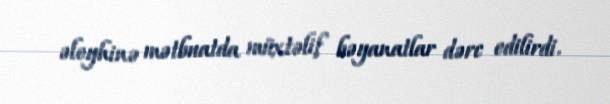
əleyhinə mətbuatda müxtəlif bəyanatlar dərc edilirdi.